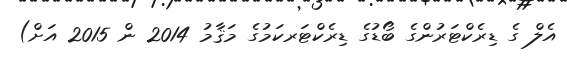
އެލް ގެ ޑިރެކްޓަރުންގެ ބޯޑުގެ ޑިރެކްޓަރކަމުގެ މަޤާމު 2014 ން 2015 އަށް)